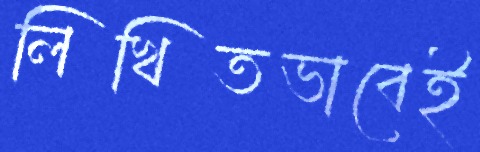
লিখিতভাবেই